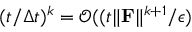
( t / \Delta t ) ^ { k } = \mathcal { O } ( ( t \| \mathbf F \| ^ { k + 1 } / \epsilon )